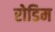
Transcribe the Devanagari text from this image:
रोडिम